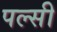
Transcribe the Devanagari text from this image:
पल्सी